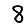
Digit: 8